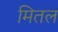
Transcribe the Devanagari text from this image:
मितल